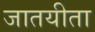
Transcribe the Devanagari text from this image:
जातयीता